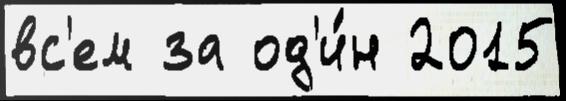
вс'ем за од'и́н 2015